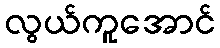
လွယ်ကူအောင်